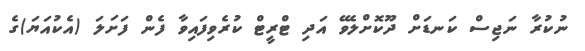
ނުކުރާ ނަޖިސް ކަނޑަށް ދޫކޮށްލެވޭ އަދި ޓްރީޓް ކުރެވިފައިވާ ފެން ފަށަލަ (އެކުއަޔަ)ގެ